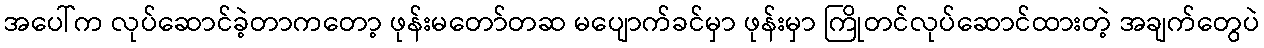
အပေါ်က လုပ်ဆောင်ခဲ့တာကတော့ ဖုန်းမတော်တဆ မပျောက်ခင်မှာ ဖုန်းမှာ ကြိုတင်လုပ်ဆောင်ထားတဲ့ အချက်တွေပဲ